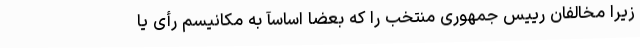
زیرا مخالفان رییس جمهوری منتخب را که بعضاً اساسآً به مکانیسم رأی یا